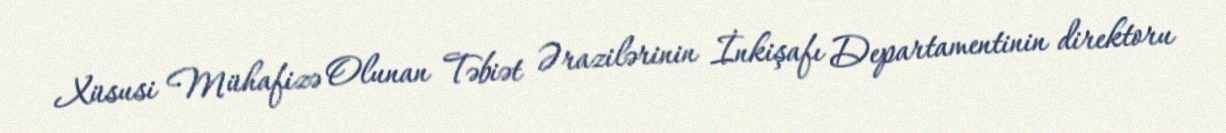
Xüsusi Mühafizə Olunan Təbiət Ərazilərinin İnkişafı Departamentinin direktoru